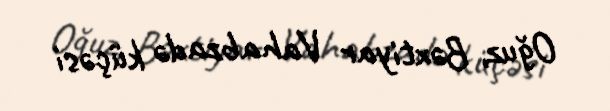
Oğuz, Bəxtiyar Vahabzadə küçəsi